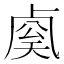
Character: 𰆈